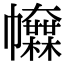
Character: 𢅿